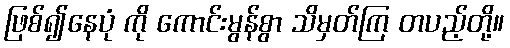
ဖြစ်၍နေပုံ ကို ကောင်းမွန်စွာ သိမှတ်ကြ တပည့်တို့။